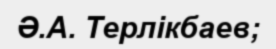
Ә.А. Терлікбаев;